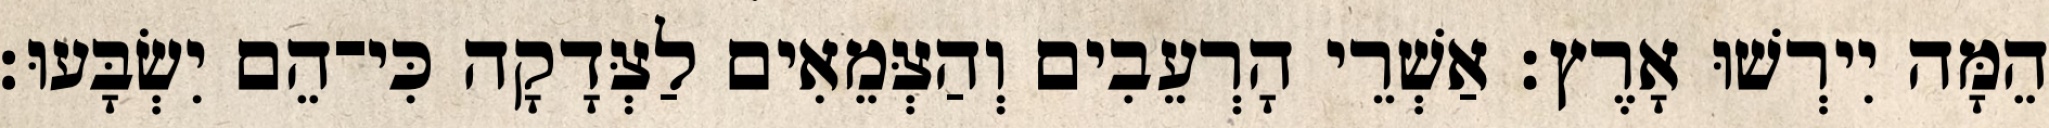
הֵמָּה יִירְשׁוּ אָרֶץ׃ אַשְׁרֵי הָרְעֵבִים וְהַצְּמֵאִים לַצְּדָקָה כִּי־הֵם יִשְׂבָּעוּ׃